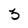
Character: 3